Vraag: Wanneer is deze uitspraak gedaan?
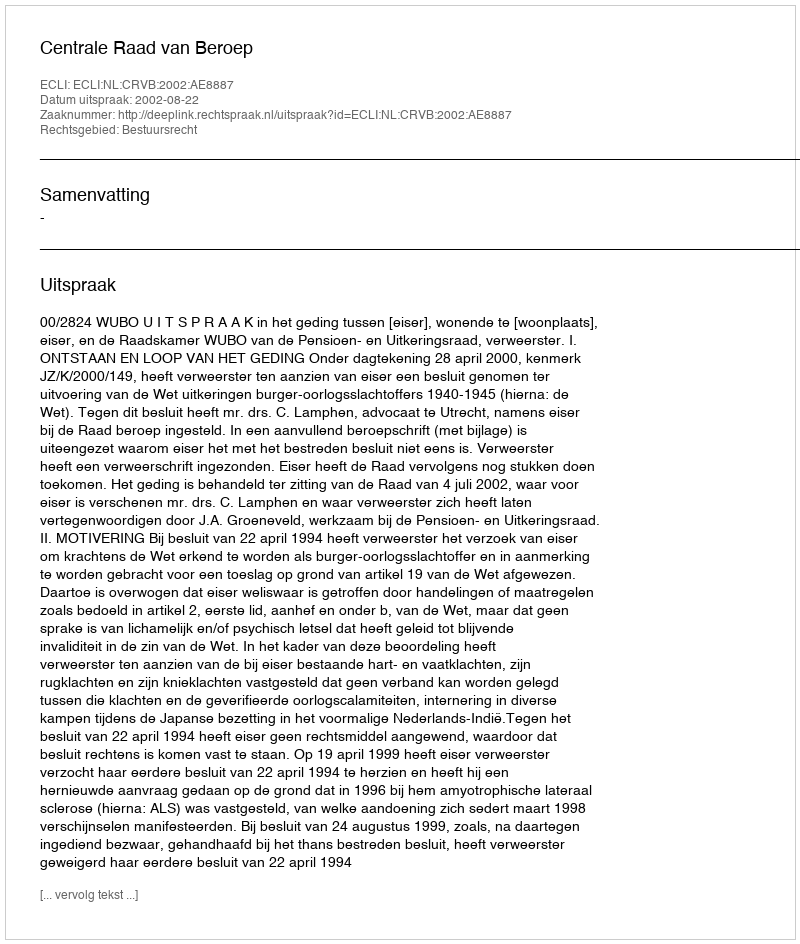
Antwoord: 2002-08-22